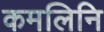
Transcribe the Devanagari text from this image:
कमलिनि